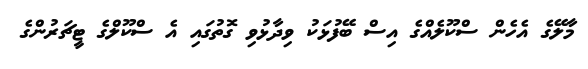
މާލޭގެ އެހެން ސްކޫލެއްގެ އިސް ބޭފުޅަކު ވިދާޅުވި ގޮތުގައި އެ ސްކޫލްގެ ޓީޗަރުންގެ